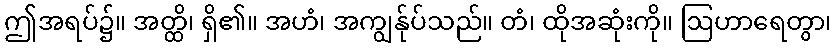
ဤအရပ်၌။ အတ္ထိ၊ ရှိ၏။ အဟံ၊ အကျွန်ုပ်သည်။ တံ၊ ထိုအဆုံးကို။ ဩဟာရေတွာ၊